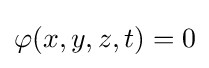
\varphi (x,y,z,t)=0